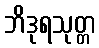
ဘိဒုရသုတ္တ